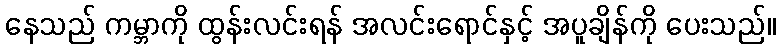
နေသည် ကမ္ဘာကို ထွန်းလင်းရန် အလင်းရောင်နှင့် အပူချိန်ကို ပေးသည်။